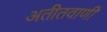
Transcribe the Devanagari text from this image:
अतीतवाणी